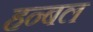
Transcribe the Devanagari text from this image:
हन्बल